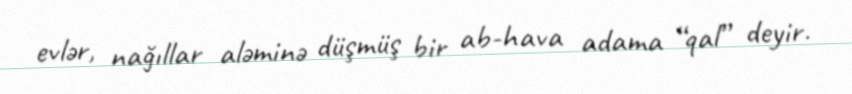
evlər, nağıllar aləminə düşmüş bir ab-hava adama “qal” deyir.